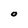
Character: 0